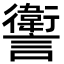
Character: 讆